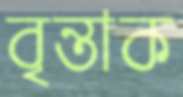
বৃন্তাক